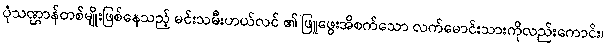
ပုံသဏ္ဌာန်တစ်မျိုးဖြစ်နေသည့် မင်းသမီးဟယ်လင် ၏ ဖြူဖွေးအိစက်သော လက်မောင်းသားကိုလည်းကောင်း၊